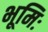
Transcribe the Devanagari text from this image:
भूमिः